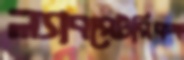
ল্যাবরেটরিকক্ষ